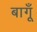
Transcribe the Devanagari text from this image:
बागूँ